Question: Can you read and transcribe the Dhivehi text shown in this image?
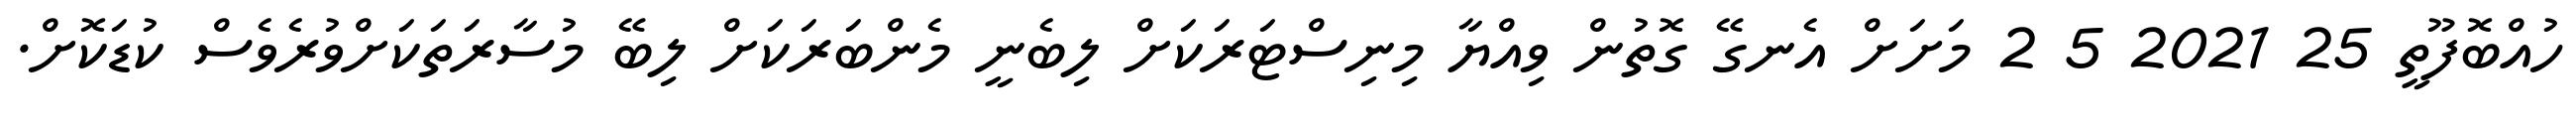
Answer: ހުއްބޮފޫތީ 25 2021 5 2 މަށަށް އެނގޭ ގޮތުން ވިއްޔާ މިނިސްޓަރަކަށް ލިބެނީ މެންބަރަކަށް ލިބޭ މުސާރަތަކަށްވުރެވެސް ކުޑަކޮށް.